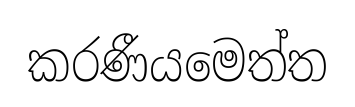
කරණීයමෙත්ත